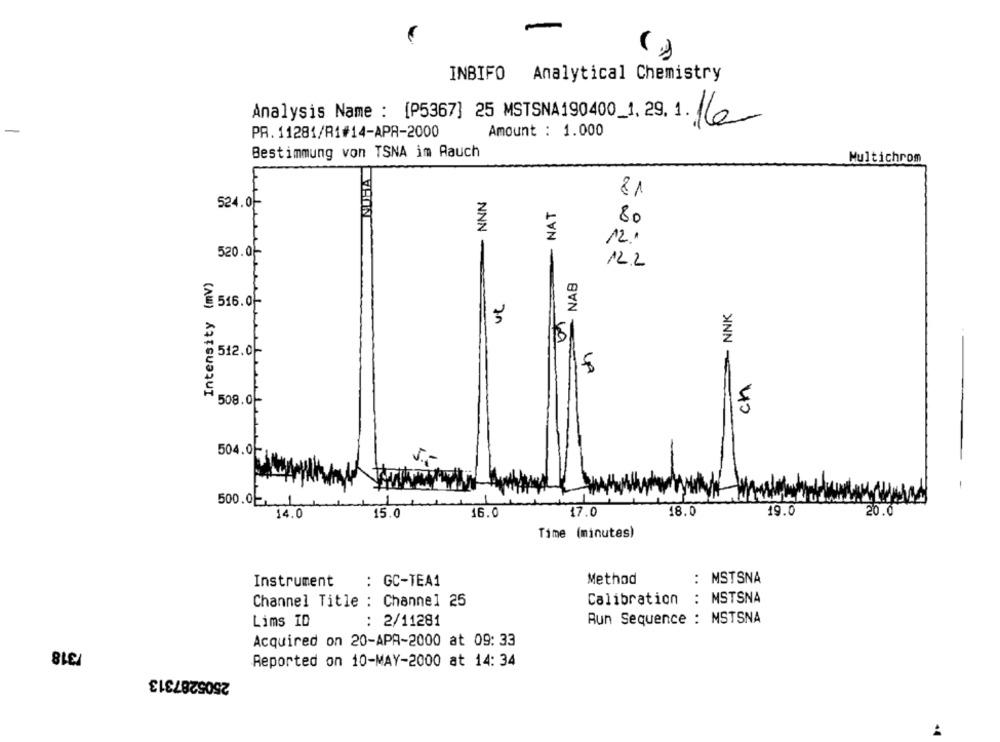
INBIFO Analytical Chemistry
Analysis Name : [P5367] 25 MSTSNA190400_1.29.1.
Amount : 1.000
PR. 11281/R1#14-APR-2000
Bestimmung von TSNA im Aauch
Multichrom
INDBA
-NNN
81
524.0-
NAT
80
12."
520.0-
12.2
NAB
Intensity (mv)
516.0-
ut
NNK
512.0
ch
508.0-
504.00
-
500.02.1
16.0
17.0
18.0
19.0
20.0
14.0
15.0
Time (minutes)
: MSTSNA
Instrument
: GC-TEA1
Method
Calibration : MSTSNA
Channel Title : Channel 25
Lims ID
: 2/11281
Aun Sequence : MSTSNA
/318
Acquired on 20-APA-2000 at 09: 33
Reported on 10-MAY-2000 at 14: 34
2505287313